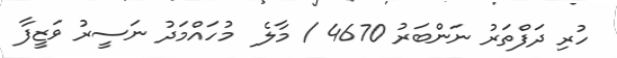
ހުރި ދަފްތަރު ނަންބަރު 4670 / މާލެ  މުހައްމަދު ނަސީރު ވަޒީފާ